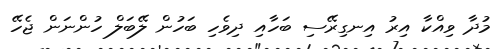
މުދާ ވިއްކާ އިރު އިނގިރޭސި ބަހާއި ދިވެހި ބަހުން ލޭބަލް ހުންނަން ޖެހޭ